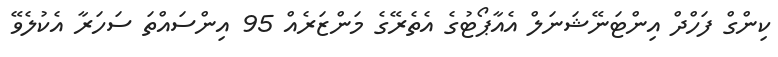
ކިންގް ފަހްދް އިންޓަނޭޝަނަލް އެއާޕޯޓުގެ އެތެރޭގެ މަންޒަރެއް 95 އިންސައްތަ ސަހަރާ އެކުލެވޭ